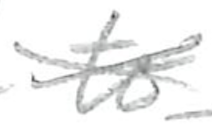
Text: to
Cross-out: cross
Writing tool: pencil